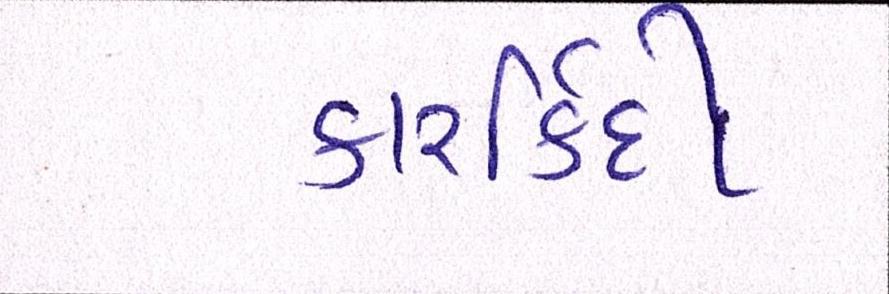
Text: કારર્કિદી